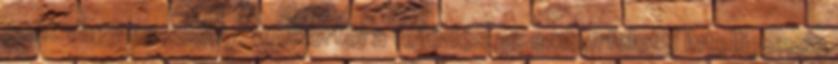
pont vagy esemény, amikortól a fejlődés az emberfeletti intelligencia